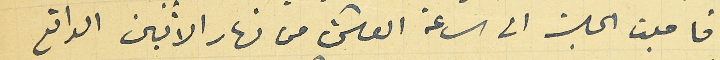
فأجلت الجلسة الى الساعة العاشرة من نهار الاثنين الواقع